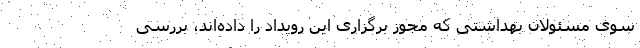
سوی مسئولان بهداشتی که مجوز برگزاری این رویداد را داده‌اند، بررسی